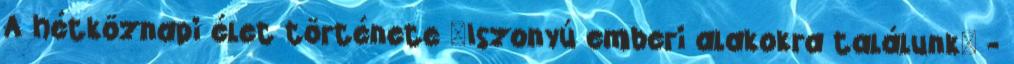
A hétköznapi élet története "Iszonyú emberi alakokra találunk" -